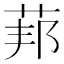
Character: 𱽨